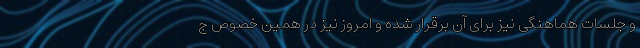
و جلسات هماهنگی نیز برای آن برقرار شده و امروز نیز در همین خصوص ج